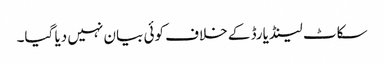
سکاٹ لینڈ یارڈ کے خلاف کوئی بیان نہیں دیا گیا۔